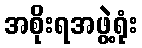
အစိုးရအဖွဲ့ရုံး